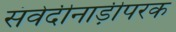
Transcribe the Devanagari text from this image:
संवेदीनाड़ीपरक